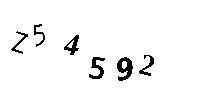
Z54592